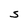
Character: S